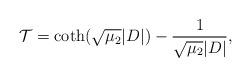
LaTeX: \begin{align*}\mathcal T= \coth(\sqrt{\mu_2}|D|)-\frac{1}{\sqrt{\mu_2}|D|},\end{align*}